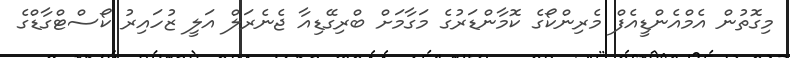
މިގޮތުން އެމްއެންޑީއެފް މެރިންކޯގެ ކޮމާންޑަރުގެ މަގާމަށް ބްރިގޭޑިއާ ޖެނެރަލް އަލީ ޒުހައިރު ކޯސްޓްގާޑްގެ